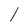
Character: l